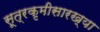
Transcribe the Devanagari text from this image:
सूत्रकृमीसारख्या